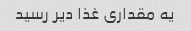
یه مقداری غذا دیر رسید